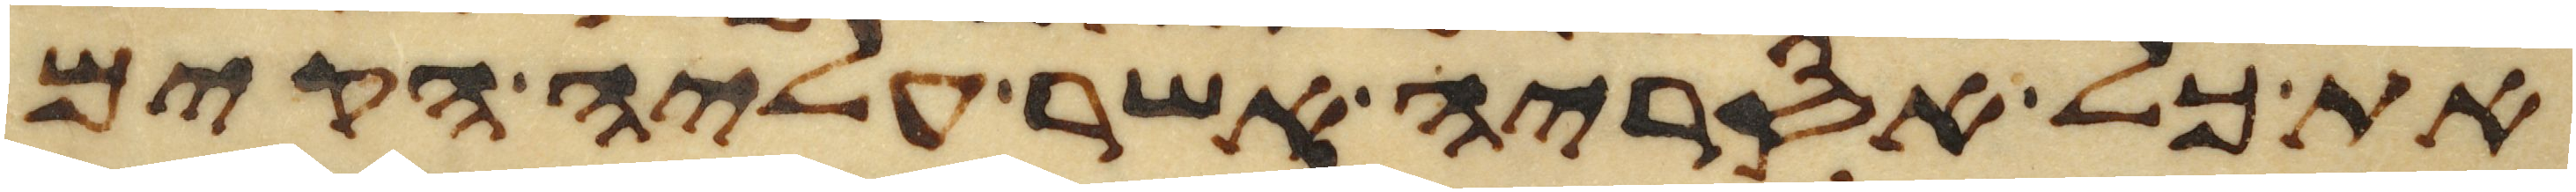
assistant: את כל אסריה אשר עליה הקים